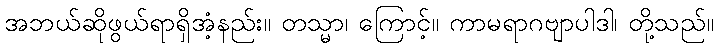
အဘယ်ဆိုဖွယ်ရာရှိအံ့နည်း။ တသ္မာ၊ ကြောင့်။ ကာမရာဂဗျာပါဒါ၊ တို့သည်။